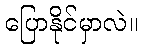
ပြောနိုင်မှာလဲ။